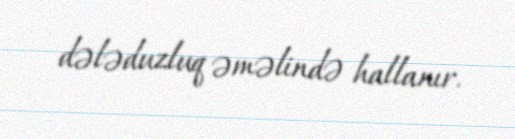
dələduzluq əməlində hallanır.